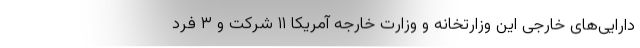
دارایی‌های خارجی این وزارتخانه و وزارت خارجه آمریکا ۱۱ شرکت و ۳ فرد